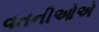
વતનીઓએ